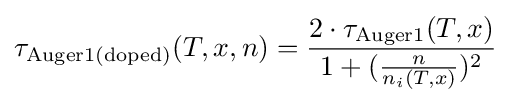
\tau _{\text{Auger1(doped)}}(T,x,n)={\frac {2\cdot \tau _{\text{Auger1}}(T,x)}{1+({\frac {n}{n_{i}(T,x)}})^{2}}}